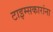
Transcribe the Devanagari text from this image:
टाइम्सकारांना